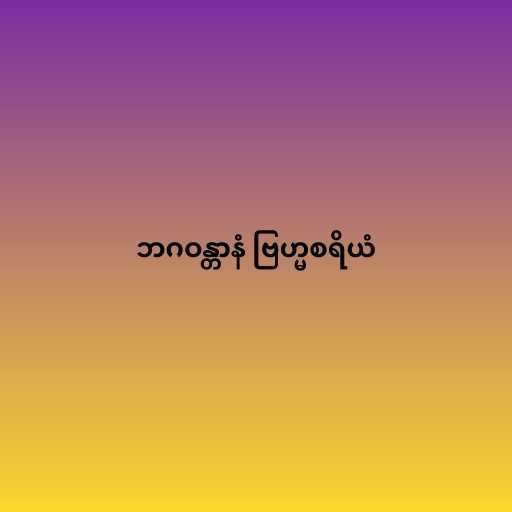
ဘဂဝန္တာနံ ဗြဟ္မစရိယံ